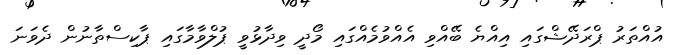
އުއްތަރު ޕްރަދޭޝްގައި އިއްޔެ ބޭއްވި އެއްވުމެއްގައި މޯދީ ވިދާޅުވީ ޕުލްވާމާގައި ޕާކިސްތާނުން ދެވަނަ